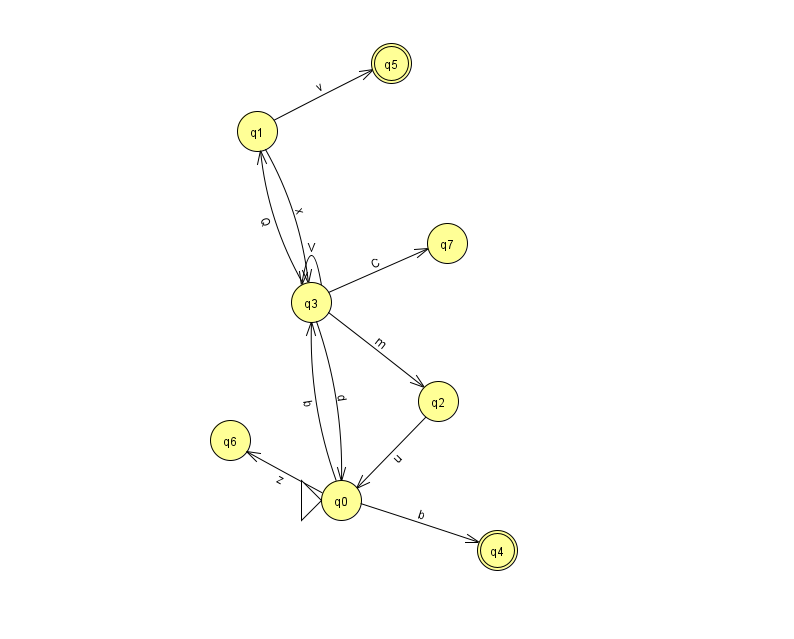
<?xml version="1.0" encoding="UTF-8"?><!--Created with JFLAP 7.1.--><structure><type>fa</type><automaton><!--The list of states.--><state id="0" name="q0"><x>341.0</x><y>487.0</y><initial/></state><state id="1" name="q1"><x>257.0</x><y>118.0</y></state><state id="2" name="q2"><x>438.0</x><y>388.0</y></state><state id="3" name="q3"><x>311.0</x><y>289.0</y></state><state id="4" name="q4"><x>497.0</x><y>537.0</y><final/></state><state id="5" name="q5"><x>391.0</x><y>50.0</y><final/></state><state id="6" name="q6"><x>230.0</x><y>427.0</y></state><state id="7" name="q7"><x>447.0</x><y>230.0</y></state><!--The list of transitions.--><transition><from>3</from><to>2</to><read>m</read></transition><transition><from>0</from><to>3</to><read>b</read></transition><transition><from>1</from><to>3</to><read>x</read></transition><transition><from>3</from><to>0</to><read>d</read></transition><transition><from>3</from><to>3</to><read>V</read></transition><transition><from>3</from><to>7</to><read>C</read></transition><transition><from>2</from><to>0</to><read>u</read></transition><transition><from>1</from><to>5</to><read>v</read></transition><transition><from>3</from><to>1</to><read>Q</read></transition><transition><from>0</from><to>6</to><read>z</read></transition><transition><from>0</from><to>4</to><read>b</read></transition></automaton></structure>